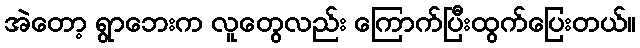
အဲတော့ ရွာဘေးက လူတွေလည်း ကြောက်ပြီးထွက်ပြေးတယ်။